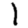
Digit: 1